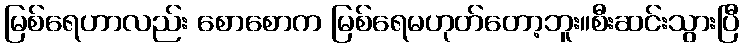
မြစ်ရေဟာလည်း စောစောက မြစ်ရေမဟုတ်တော့ဘူး။စီးဆင်းသွားပြီ